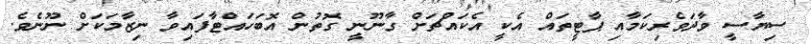
ސިޔާސީ ވާދަވެރިކަމާއި ޕާޓީތައް އެކީ އެކައްޗަށް ގާނޫނީ ގޮތުން އޮބަހައްޓާފައިވާ ނިޒާމަކަށް ނޫނެވެ.